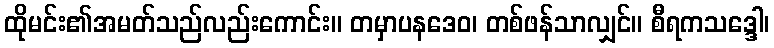
ထိုမင်း၏အမတ်သည်လည်းကောင်း။ တမှာပနဒေဝ၊ တစ်ဖန်သာလျှင်။ စီရကသဒ္ဒေါ၊